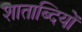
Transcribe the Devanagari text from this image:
शाताब्दियों